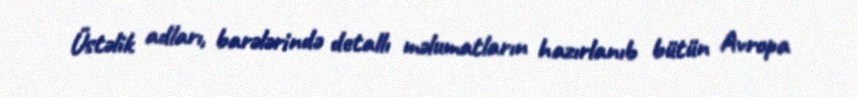
Üstəlik adları, barələrində detallı məlumatların hazırlanıb bütün Avropa